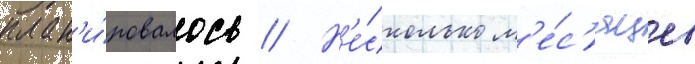
план'и́ровалось // Н'е́сколько м'е́с'яцев